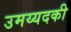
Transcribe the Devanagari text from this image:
उमय्यदकी